Scientific memoirs by medical officers of the Army of India - Part III,
Year: 1887
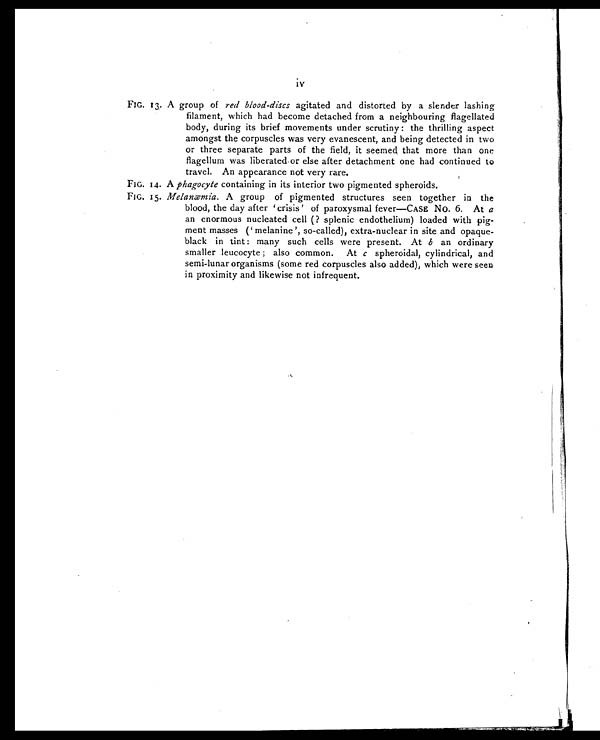
FIG. 14.
FIG. 15.
FIG. 13. A
i v
group of red blood-discs agitated and distorted by a slender lashing
filament, which had become detached from a neighbouring flagellated
body, during its brief movements under scrutiny : the thrilling aspect
amongst the corpuscles was very evanescent, and being detected in two
or three separate parts of the field, it seemed, that more than one
flagellum was liberated or else after detachment one had continued to
travel. An appearance not very rare.
A phagocyte containing in its interior two pigmented spheroids.
Melanæmia. A group of pigmented structures seen together in the
blood, the day after ‘crisis’ of paroxysmal fever—CASE No. 6. At a
an enormous nucleated cell (? splenic endothelium) loaded with pig-
ment masses (‘melanine’, so-called), extra-nuclear in site and opaque-
black in tint : many such cells were present. At b an ordinary
smaller leucocyte ; also common. At c spheroidal, cylindrical, and
semi-lunar organisms (some red corpuscles also added), which were seen
in proximity and likewise not infrequent.